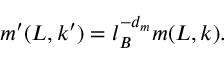
m ^ { \prime } ( L , k ^ { \prime } ) = l _ { B } ^ { - d _ { m } } m ( L , k ) .